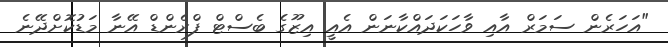
"އަހަރެން ސަމަރް އާއި ވާހަކަދައްކާނަން އެއީ އިޒޫގެ ބެސްޓް ފްރެންޑް އޭނާ މަޑުކޮށްދޭނެ